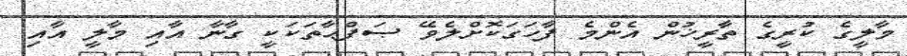
މާލީގެ ކުރީގެ ތާރީޚުން އެންމެ ފާހަގަކޮށްލެވޭ ޞަފްޙާތަކަކީ ގާނާ އާއި މާލީ އާއި